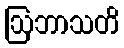
ဩဘာသတိ